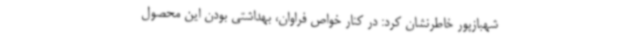
شهبازپور خاطرنشان کرد: در کنار خواص فراوان، بهداشتی بودن این محصول